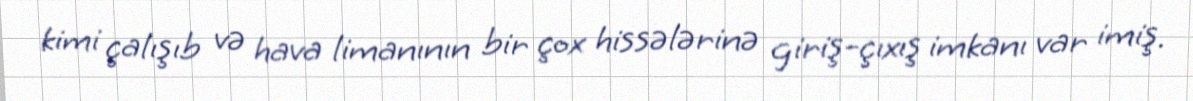
kimi çalışıb və hava limanının bir çox hissələrinə giriş-çıxış imkanı var imiş.